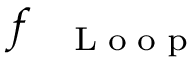
f _ { \mathrm { ~ \tiny ~ \textnormal ~ { ~ L ~ o ~ o ~ p ~ } ~ } }